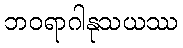
ဘဝရာဂါနုသယဿ